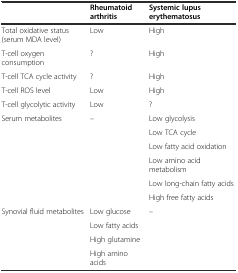
|  | Rheumatoid arthritis | Systemic lupus erythematosus |
 | --- | --- | --- |
 | Total oxidative status (serum MDA level) | Low | High |
 | T-cell oxygen consumption | ? | High |
 | T-cell TCA cycle activity | ? | High |
 | T-cell ROS level | Low | High |
 | T-cell glycolytic activity | Low | ? |
 | Serum metabolites | – | Low glycolysis |
 |  |  | Low TCA cycle |
 |  |  | Low fatty acid oxidation |
 |  |  | Low amino acid metabolism |
 |  |  | Low long-chain fatty acids |
 |  |  | High free fatty acids |
 | Synovial fluid metabolites | Low glucose | – |
 |  | Low fatty acids |  |
 |  | High glutamine |  |
 |  | High amino acids |  |